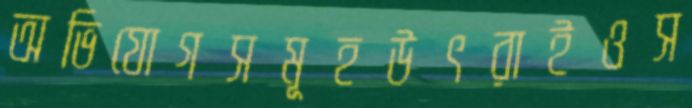
অভিযোগসমূহউৎরাইওস